Indian journal of veterinary science and animal husbandry - Volumes 22-23, 1952-1953
Year: 1952
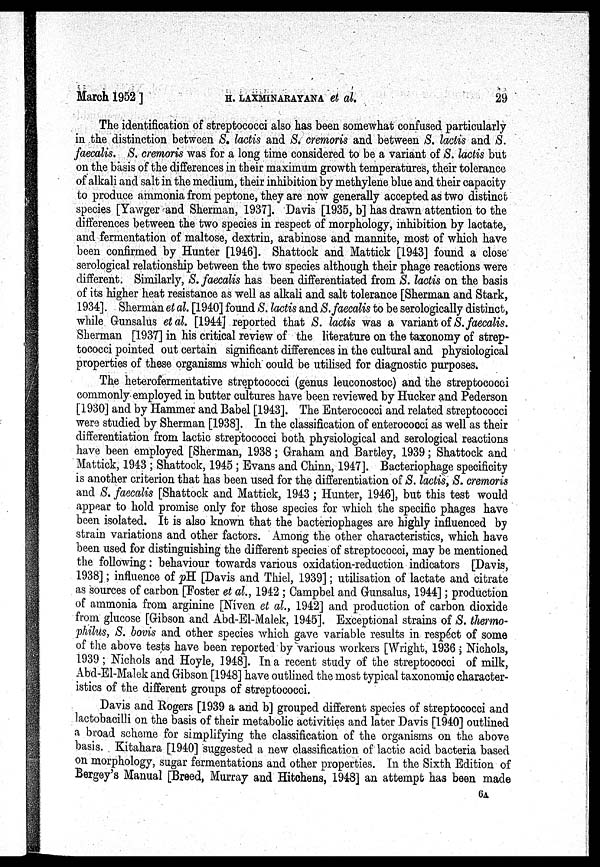
March 1952 ] H. LAXMINARAYANA et al.
29
The identification of streptococci also has been somewhat confused particularly
in the distinction between S. lactis and S. cremoris and between S. lactis and S.
faecalis. S. cremoris was for a long time considered to be a variant of S. lactis but
on the basis of the differences in their maximum growth temperatures, their tolerance
of alkali and salt in the medium, their inhibition by methylene blue and their capacity
to produce ammonia from peptone, they are now generally accepted as two distinct
species [Yawger and Sherman, 1937]. Davis [1935, b] has drawn attention to the
differences between the two species in respect of morphology, inhibition by lactate,
and fermentation of maltose, dextrin, arabinose and mannite, most of which have
been confirmed by Hunter [1946]. Shattock and Mattick [1943] found a close
serological relationship between the two species although their phage reactions were
different. Similarly, S. faecalis has been differentiated from S. lactis on the basis
of its higher heat resistance as well as alkali and salt tolerance [Sherman and Stark,
1934]. Sherman et al. [1940] found S. lactis and S. faecalis to be serologically distinct,
while Gunsalus et al. [1944] reported that S. lactis was a variant of S. faecalis.
Sherman [1937] in his critical review of the literature on the taxonomy of strep-
tococci pointed out certain significant differences in the cultural and physiological
properties of these organisms which could be utilised for diagnostic purposes.
The heterofermentative streptococci (genus leuconostoc) and the streptococci
commonly employed in butter cultures have been reviewed by Hucker and Pederson
[1930] and by Hammer and Babel [1943]. The Enterococci and related streptococci
were studied by Sherman [1938]. In the classification of enterococci as well as their
differentiation from lactic streptococci both physiological and serological reactions
have been employed [Sherman, 1938; Graham and Bartley, 1939; Shattock and
Mattick, 1943 ; Shattock, 1945; Evans and Chinn, 1947]. Bacteriophage specificity
is another criterion that has been used for the differentiation of S. lactis, S. cremoris
and S. faecalis [Shattock and Mattick, 1943 ; Hunter, 1946], but this test would
appear to hold promise only for those species for which the specific phages have
been isolated. It is also known that the bacteriophages are highly influenced by
strain variations and other factors. Among the other characteristics, which have
been used for distinguishing the different species of streptococci, may be mentioned
the following : behaviour towards various oxidation-reduction indicators [Davis,
1938]; influence of pH [Davis and Thiel, 1939]; utilisation of lactate and citrate
as sources of carbon [Foster et al., 1942 ; Campbel and Gunsalus, 1944]; production
of ammonia from arginine [Niven et al., 1942] and production of carbon dioxide
from glucose [Gibson and Abd-El-Malek, 1945]. Exceptional strains of S. thermo-
philus, S. bovis and other species which gave variable results in respect of some
of the above tests have been reported by Various workers [Wright, 1936 ; Nichols,
1939; Nichols and Hoyle, 1948]. In a recent study of the streptococci of milk,
Abd-El-Malck and Gibson [1948] have outlined the most typical taxonomic character-
istics of the different groups of streptococci.
Davis and Rogers [1939 a and b] grouped different species of streptococci and
Lactobacilli on the basis of their metabolic activities and later Davis [1940] outlined
a broad scheme for simplifying the classification of the organisms on the above
basis. Kitahara [1940] suggested a new classification of lactic acid bacteria based
on morphology, sugar fermentations and other properties. In the Sixth Edition of
Bergey's Manual [Breed, Murray and Hitchens, 1948] an attempt has been made
6 A